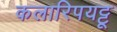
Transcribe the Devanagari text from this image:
कलारिपयट्टू